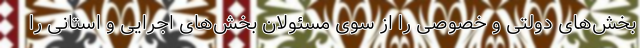
بخش‌های دولتی و خصوصی را از سوی مسئولان بخش‌های اجرایی و استانی را